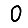
Digit: 0